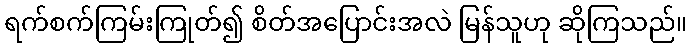
ရက်စက်ကြမ်းကြုတ်၍ စိတ်အပြောင်းအလဲ မြန်သူဟု ဆိုကြသည်။